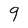
Character: 9